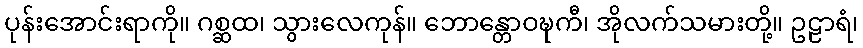
ပုန်းအောင်းရာကို။ ဂစ္ဆထ၊ သွားလေကုန်။ ဘောန္တောဝဍ္ဎကီ၊ အိုလက်သမားတို့။ ဥဠာရံ၊